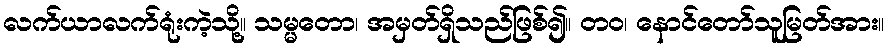
လက်ယာလက်ရုံးကဲ့သို့။ သမ္မတော၊ အမှတ်ရှိသည်ဖြစ်၍။ တဝ၊ နောင်တော်သူမြတ်အား။